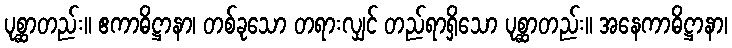
ပုစ္ဆာတည်း။ ဧကာဓိဋ္ဌာနာ၊ တစ်ခုသော တရားလျှင် တည်ရာရှိသော ပုစ္ဆာတည်း။ အနေကာဓိဋ္ဌာနာ၊